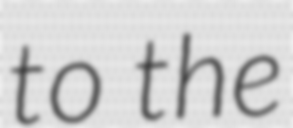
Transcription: to the